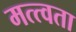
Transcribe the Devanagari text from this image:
मत्त्वता